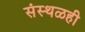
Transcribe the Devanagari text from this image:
संस्थळही